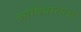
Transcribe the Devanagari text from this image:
आदिदासला